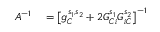
\begin{array} { r l } { A ^ { - 1 } } & { { } = \left[ g _ { C } ^ { s _ { 1 } , s _ { 2 } } + 2 G _ { C i } ^ { s _ { 1 } } G _ { i C } ^ { s _ { 2 } } \right] ^ { - 1 } } \end{array}